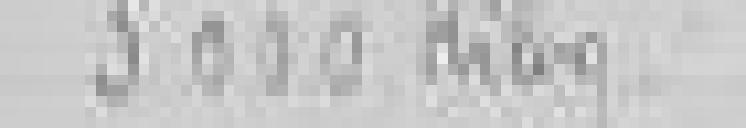
3000 kilogrammes // 75 kilogrammes